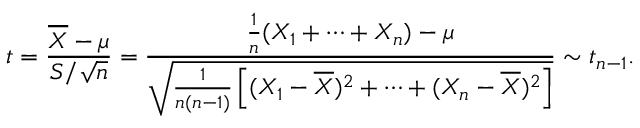
t = { \frac { { \overline { { X } } } - \mu } { S / { \sqrt { n } } } } = { \frac { { \frac { 1 } { n } } ( X _ { 1 } + \cdots + X _ { n } ) - \mu } { \sqrt { { \frac { 1 } { n ( n - 1 ) } } \left[ ( X _ { 1 } - { \overline { { X } } } ) ^ { 2 } + \cdots + ( X _ { n } - { \overline { { X } } } ) ^ { 2 } \right] } } } \sim t _ { n - 1 } .